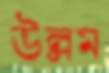
উল্লম্ব